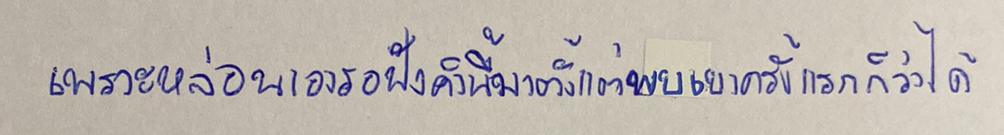
เพราะหล่อนเองรอฟังคำนี้มาตั้งแต่พบเขาครั้งแรกก็ว่าได้